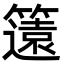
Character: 𮆡